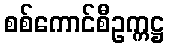
စစ်ကောင်စီဥက္ကဋ္ဌ